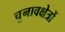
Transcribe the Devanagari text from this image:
चुनावक्षेत्रों